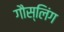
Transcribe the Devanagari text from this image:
गौस्लिंग